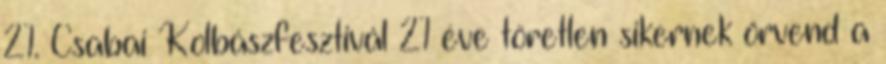
21. Csabai Kolbászfesztivál 21 éve töretlen sikernek örvend a